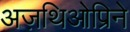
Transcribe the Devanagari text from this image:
अज़थिओप्रिने